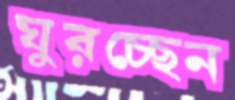
ঘুরচ্ছেন